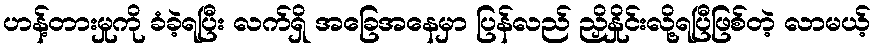
ဟန့်တားမှုကို ခံခဲ့ရပြီး လက်ရှိ အခြေအနေမှာ ပြန်လည် ညှိနှိုင်းလို့ရပြီဖြစ်တဲ့ လာမယ့်